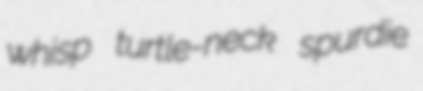
whisp turtle-neck spurdie